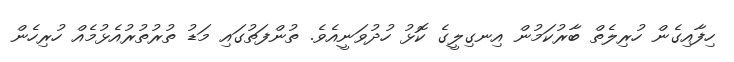
ހިފާއިގެން ހުރިލެތް ބާރުކަމުން އިނގިލީގެ ކޮޅު ހުދުވަނީއެވެ. ތުންފަތުގައި މަޑު ތުރުތުރުއެޅުމެއް ހުރިހެން